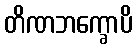
တိဏဘက္ခောပိ